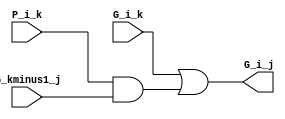
module GrayBox(G_i_k, P_i_k, G_kminus1_j, G_i_j);
input G_i_k, P_i_k, G_kminus1_j;
output G_i_j;
assign G_i_j = G_i_k | (P_i_k & G_kminus1_j);
endmodule